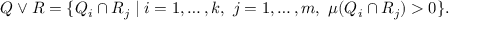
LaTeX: Q \vee R = \{ Q _ { i } \cap R _ { j } \mid i = 1 , \ldots , k , \ j = 1 , \ldots , m , \ \mu ( Q _ { i } \cap R _ { j } ) > 0 \} .